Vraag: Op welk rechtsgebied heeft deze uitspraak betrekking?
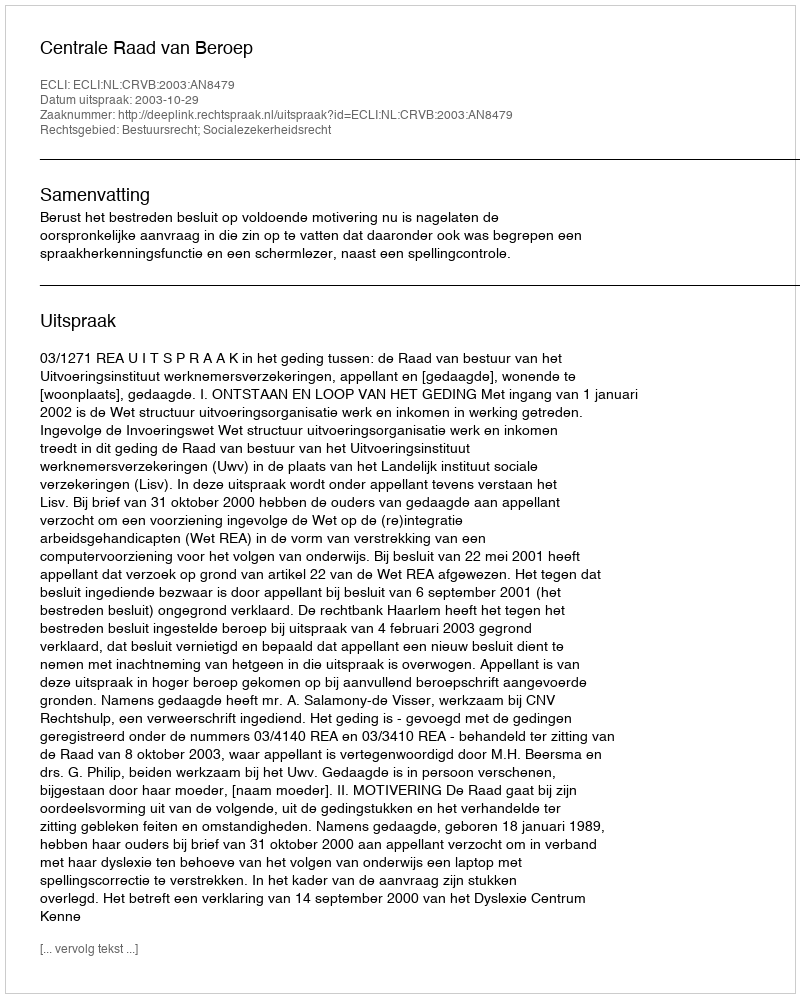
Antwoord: Bestuursrecht; Socialezekerheidsrecht